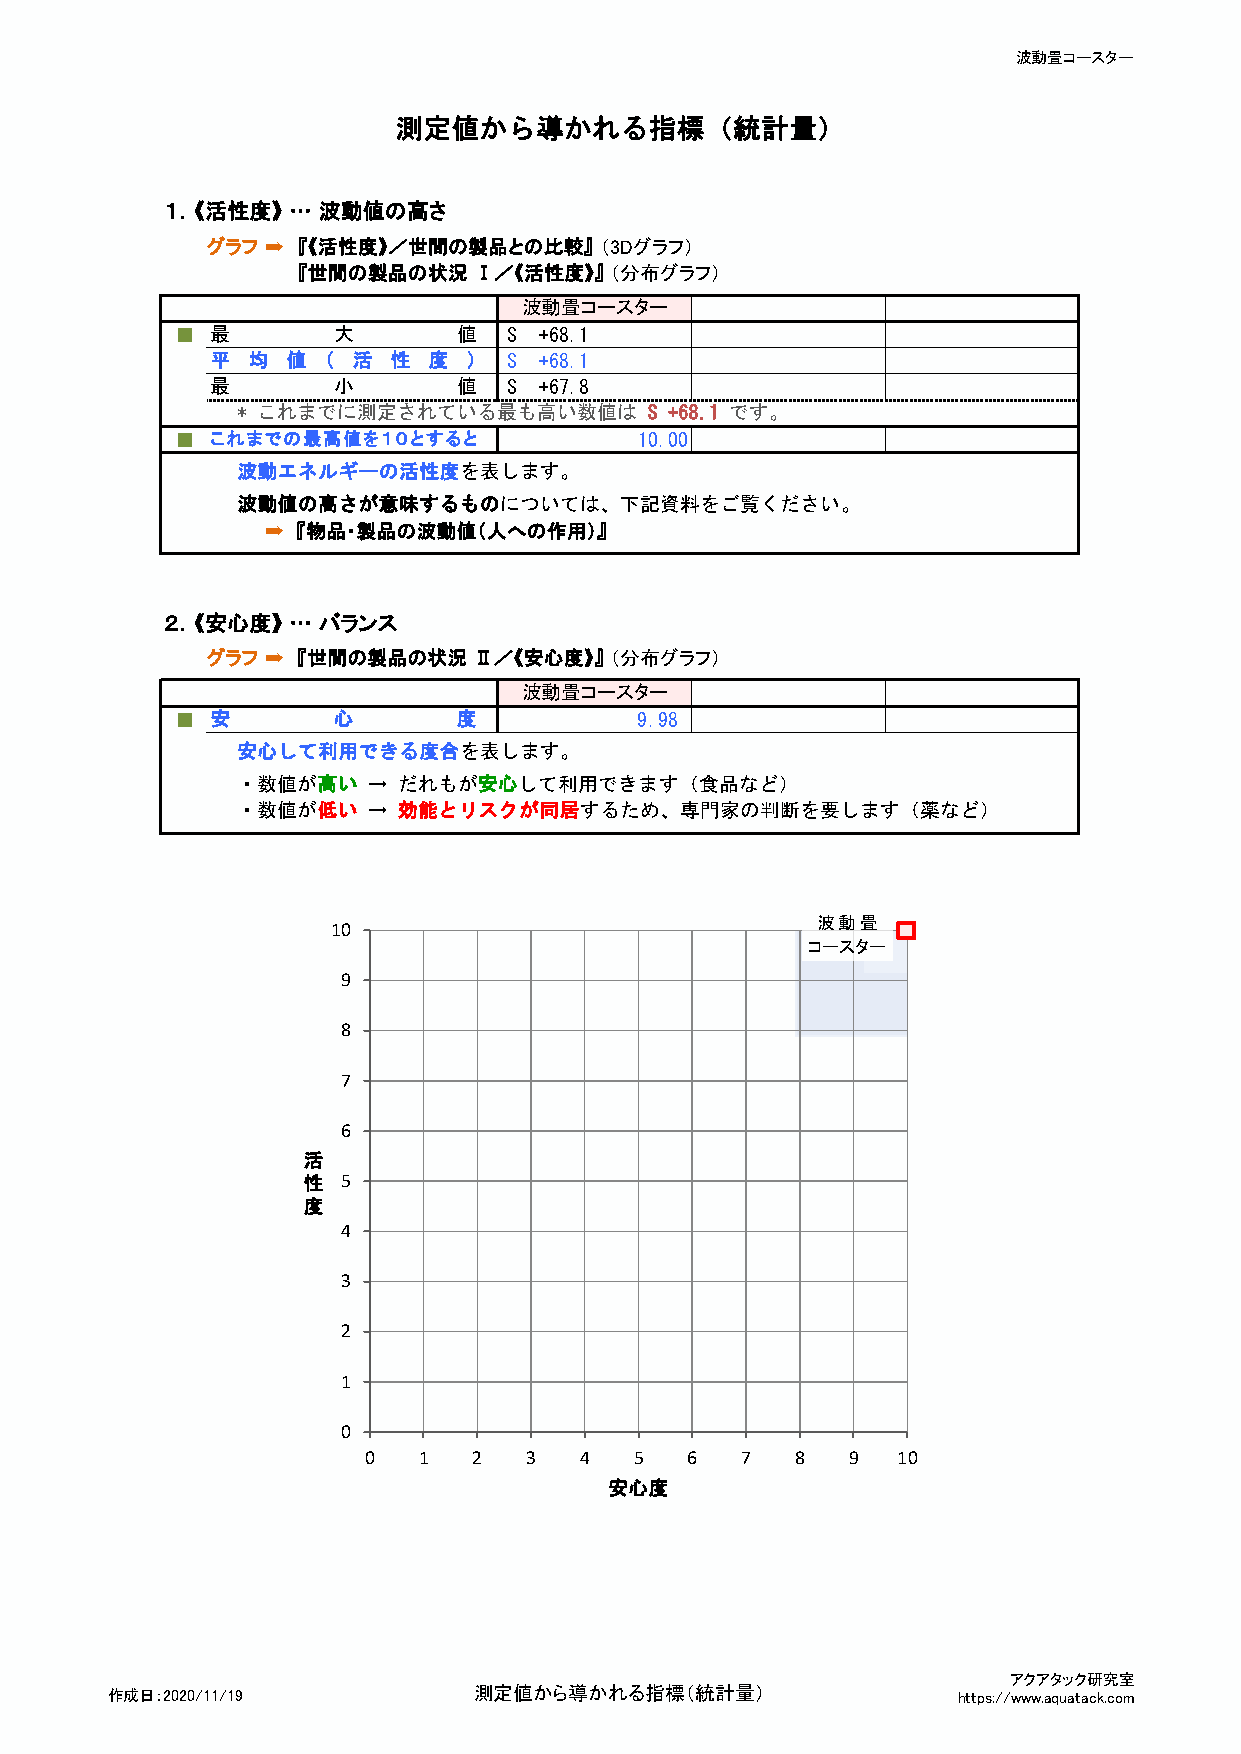
波動畳コースター
 測定値から導かれる指標（統計量）
 １．《活性度》 … 波動値の高さ
 グラフ ➡ 『《活性度》／世間の製品との比較』   （3Dグラフ）
 『世間の製品の状況  Ⅰ／《活性度》』 （分布グラフ）
 波動畳コースター
 ■ 最       大       値   S +68.1
 平 均  値 （ 活  性 度  ）  S +68.1
 最       小       値   S +67.8
 * これまでに測定されている最も高い数値は      S +68.1 です。
 ■ これまでの最高値を１０とすると             10.00
 波動エネルギーの活性度を表します。
 波動値の高さが意味するものについては、下記資料をご覧ください。
 ➡  『物品・製品の波動値（人への作用）』
 ２．《安心度》 … バランス
 グラフ ➡ 『世間の製品の状況  Ⅱ／《安心度》』 （分布グラフ）
 波動畳コースター
 ■ 安       心       度           9.98
 安心して利用できる度合を表します。
 ・数値が髙い  → だれもが安心して利用できます（食品など）
 ・数値が低い  → 効能とリスクが同居するため、専門家の判断を要します（薬など）
 波動畳
 10
 コースター
 9
 8
 7
 6
 活
 性  5
 度
 4
 3
 2
 1
 0
 0   1  2   3  4   5  6   7   8  9  10
 安心度
 アクアタック研究室
 作成日：2020/11/19          測定値から導かれる指標（統計量）                https://www.aquatack.com